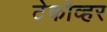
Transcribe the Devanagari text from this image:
टेकोव्हर